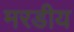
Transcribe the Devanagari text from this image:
मरडीय